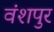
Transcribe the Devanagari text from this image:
वंशपुर